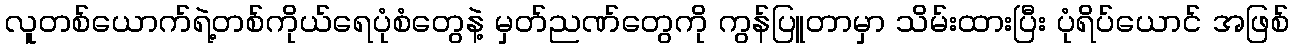
လူတစ်ယောက်ရဲ့တစ်ကိုယ်ရေပုံစံတွေနဲ့ မှတ်ညဏ်တွေကို ကွန်ပြူတာမှာ သိမ်းထားပြီး ပုံရိပ်ယောင် အဖြစ်